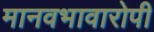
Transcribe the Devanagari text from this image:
मानवभावारोपी